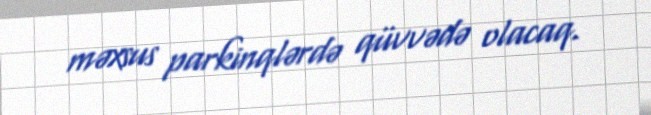
məxsus parkinqlərdə qüvvədə olacaq.